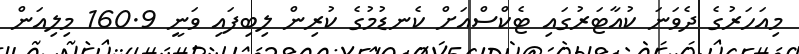
މިއަހަރުގެ ދެވަނަ ކުއާޓަރުގައި ޓެކްސްއަށް ކެނޑުމުގެ ކުރިން ލިބިފައި ވަނީ 160.9 މިލިއަން